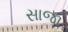
સાજા